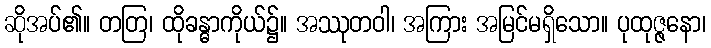
ဆိုအပ်၏။ တတြ၊ ထိုခန္ဓာကိုယ်၌။ အဿုတဝါ၊ အကြား အမြင်မရှိသော။ ပုထုဇ္ဇနော၊